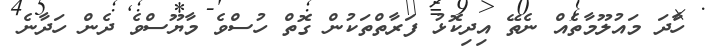
ހާދަ މައުލޫމާތެއް ނެތޭ އިދިކޮޅު ފަރާތްތަކުން ގޮތް ހުސްވެ މާޔޫސްވެ ދެން ހަދާނެ